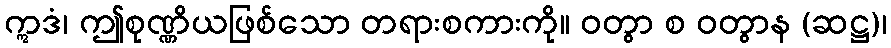
ဣဒံ၊ ဤစုဏ္ဏိယဖြစ်သော တရားစကားကို။ ဝတွာ စ ဝတွာန (ဆဋ္ဌ)၊